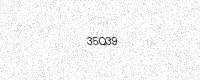
Text: 35Q39